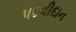
પદવીદાન